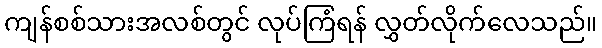
ကျန်စစ်သားအလစ်တွင် လုပ်ကြံရန် လွှတ်လိုက်လေသည်။